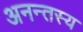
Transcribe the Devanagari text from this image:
अनन्तस्य